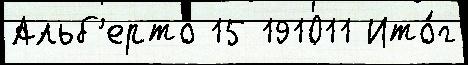
Альб'ерто 15 191011 Ито́г